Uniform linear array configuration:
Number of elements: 32
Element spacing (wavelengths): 0.25
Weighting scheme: exponential
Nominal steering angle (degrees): -45
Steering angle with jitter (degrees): -46.1
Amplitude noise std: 0.05
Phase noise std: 0.05

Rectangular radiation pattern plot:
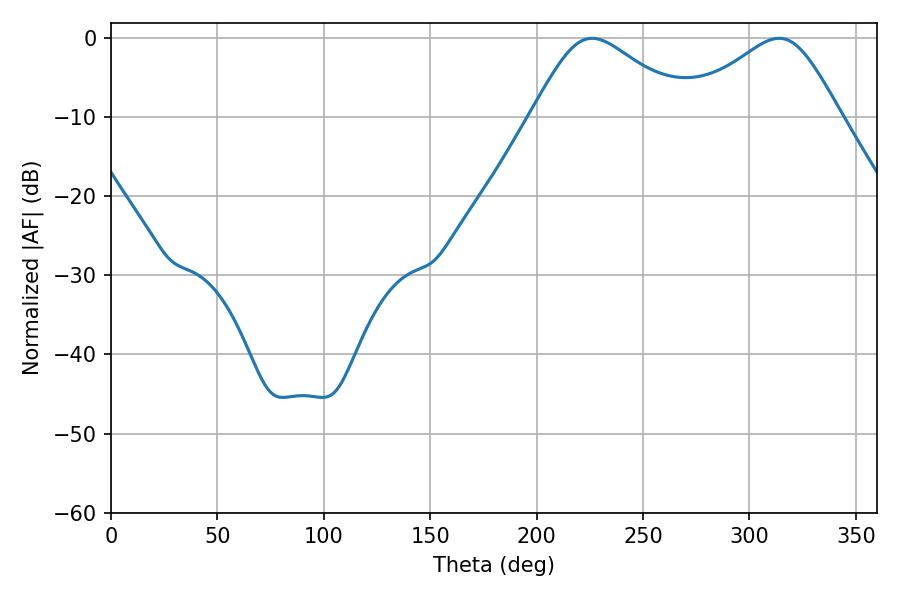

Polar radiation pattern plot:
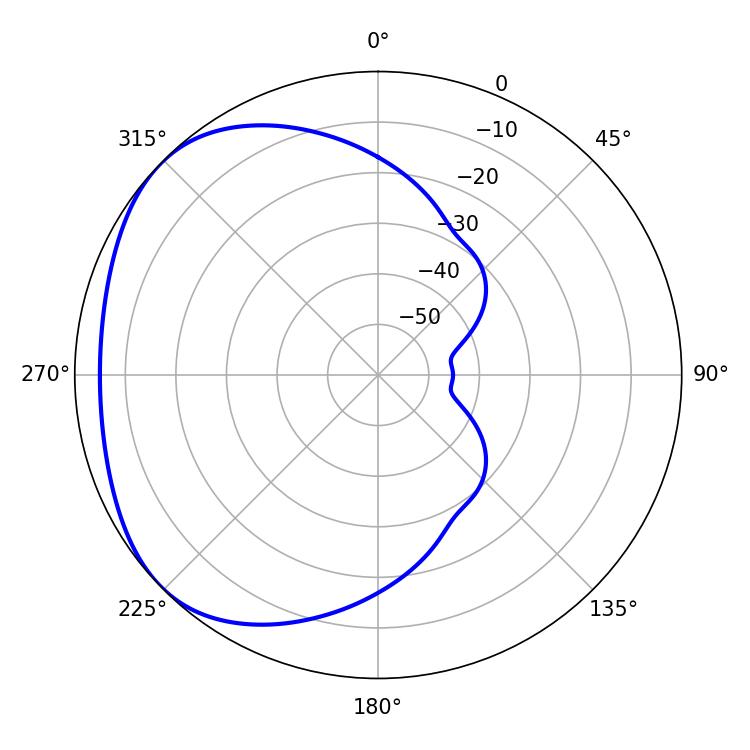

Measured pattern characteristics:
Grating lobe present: FALSE
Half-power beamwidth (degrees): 36.36
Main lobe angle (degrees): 226.08